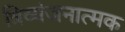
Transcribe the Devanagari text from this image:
त्रिव्यंजनात्मक